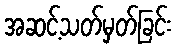
အဆင့်သတ်မှတ်ခြင်း